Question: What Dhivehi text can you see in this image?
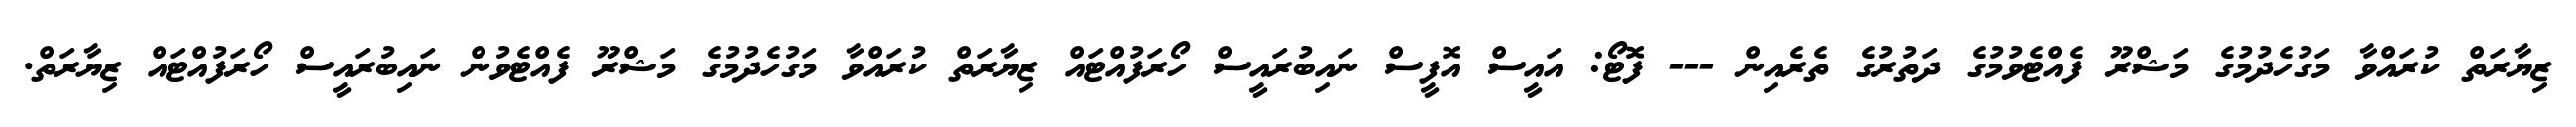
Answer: ޒިޔާރަތް ކުރައްވާ މަގުހެދުމުގެ މަޝްރޫ ފެއްޓެވުމުގެ ދަތުރުގެ ތެރެއިން --- ފޮޓޯ: އައީސް އޮފީސް ނައިބުރައީސް ހޯރަފުއްޓައް ޒިޔާރަތް ކުރައްވާ މަގުހެދުމުގެ މަޝްރޫ ފެއްޓެވުން ނައިބުރައީސް ހޯރަފުއްޓައް ޒިޔާރަތް.